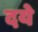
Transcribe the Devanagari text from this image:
दये